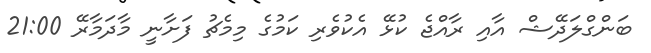
ބަންގްލަދޭޝް އާއި ރާއްޖެ ކުޅޭ އެކުވެރި ކަމުގެ މިމެޗު ފަށާނީ މާދަމާރޭ 21:00